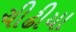
ચીઢીયા